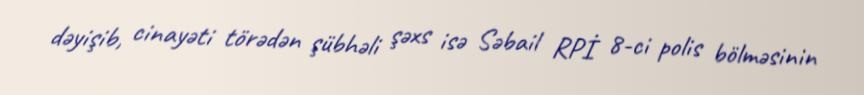
dəyişib, cinayəti törədən şübhəli şəxs isə Səbail RPİ 8-ci polis bölməsinin